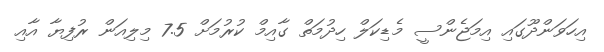
އިހަވަންދޫގައި އިމަޖެންސީ މެޑިކަލް ހިދުމަތް ގާއިމް ކުރުމަށް 7.5 މިލިއަން ރުފިޔާ އާއި